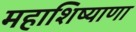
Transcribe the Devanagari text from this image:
महाशिष्याणा